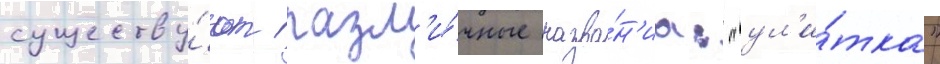
существу́ют разл'и́чные назва́н'иа: "ул'и́тка"